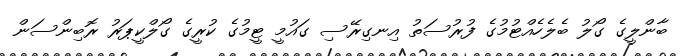
ބާންލީގެ ގޯލު ބެލެހެއްޓުމުގެ ފުރުސަތު އިނގިރޭސި ގައުމީ ޓީމުގެ ކުރީގެ ގޯލްކީޕަރު ރޮބިންސަން